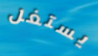
يستغل